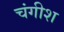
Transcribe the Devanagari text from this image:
चंगीश